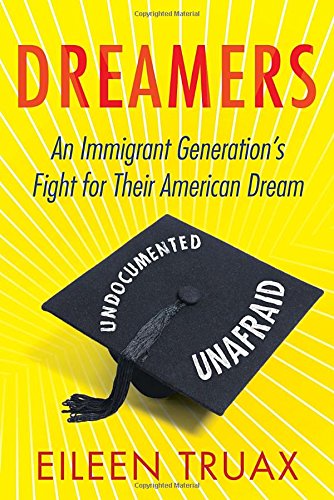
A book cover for Dreamers: An Immigrant Generation's Fight for Their American Dream; Eileen Truax; Politics & Social Sciences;